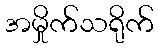
အမှိုက်သရိုက်